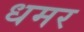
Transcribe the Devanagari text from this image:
धमर